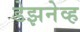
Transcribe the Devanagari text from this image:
डेझनेव्ह